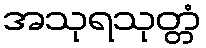
အသုရသုတ္တံ